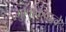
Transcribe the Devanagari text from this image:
गुणांकवाले